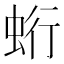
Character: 𧊽